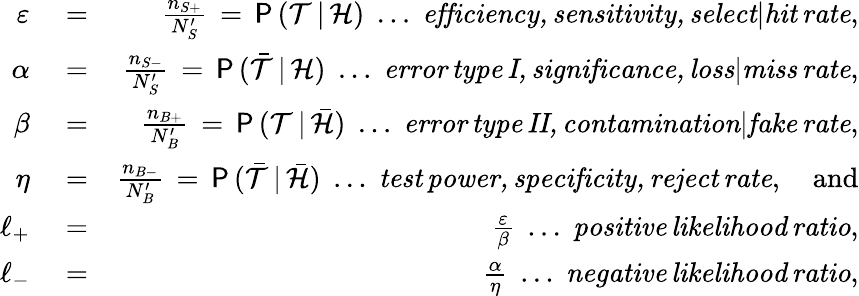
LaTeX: \begin{array}{rlr}{\varepsilon}&{{}=}&{\frac{n_{S+}}{N_{S}^{\prime}}\, =\, \mathsf{P}\, (\mathcal{T}\, |\, \mathcal{H})\; \ldots\; \mathit{efficiency,sensitivity,select|hit\, rate},}\\ {\alpha}&{{}=}&{\frac{n_{S-}}{N_{S}^{\prime}}\, =\, \mathsf{P}\, (\bar{\mathcal{T}}\, |\, \mathcal{H})\; \ldots\; \mathit{error\, type\, I,significance,loss|miss\, rate},}\\ {\beta}&{{}=}&{\frac{n_{B+}}{N_{B}^{\prime}}\, =\, \mathsf{P}\, (\mathcal{T}\, |\, \bar{\mathcal{H}})\; \ldots\; \mathit{error\, type\, II,contamination|fake\, rate},}\\ {\eta}&{{}=}&{\frac{n_{B-}}{N_{B}^{\prime}}\, =\, \mathsf{P}\, (\bar{\mathcal{T}}\, |\, \bar{\mathcal{H}})\; \ldots\; \mathit{test\, power,specificity,reject\, rate},\quad\mathrm{and}}\\ {\ell_{+}}&{{}=}&{\frac{\varepsilon}{\beta}\; \ldots\; \mathit{positive\, likelihood\, ratio},}\\ {\ell_{-}}&{{}=}&{\frac{\alpha}{\eta}\; \ldots\; \mathit{negative\, likelihood\, ratio},}\end{array}